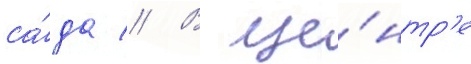
са́да // В це́нтр'е